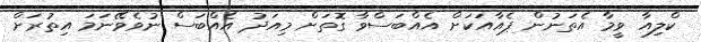
ކްލިއާ ވީމާ އެތަނުން ޕެއާއަކަށް އެއްބަސްވާ ގޮތަށް މިއަދު އެއްބަސް ނުވެވޭނަމަ އިތުރަށް